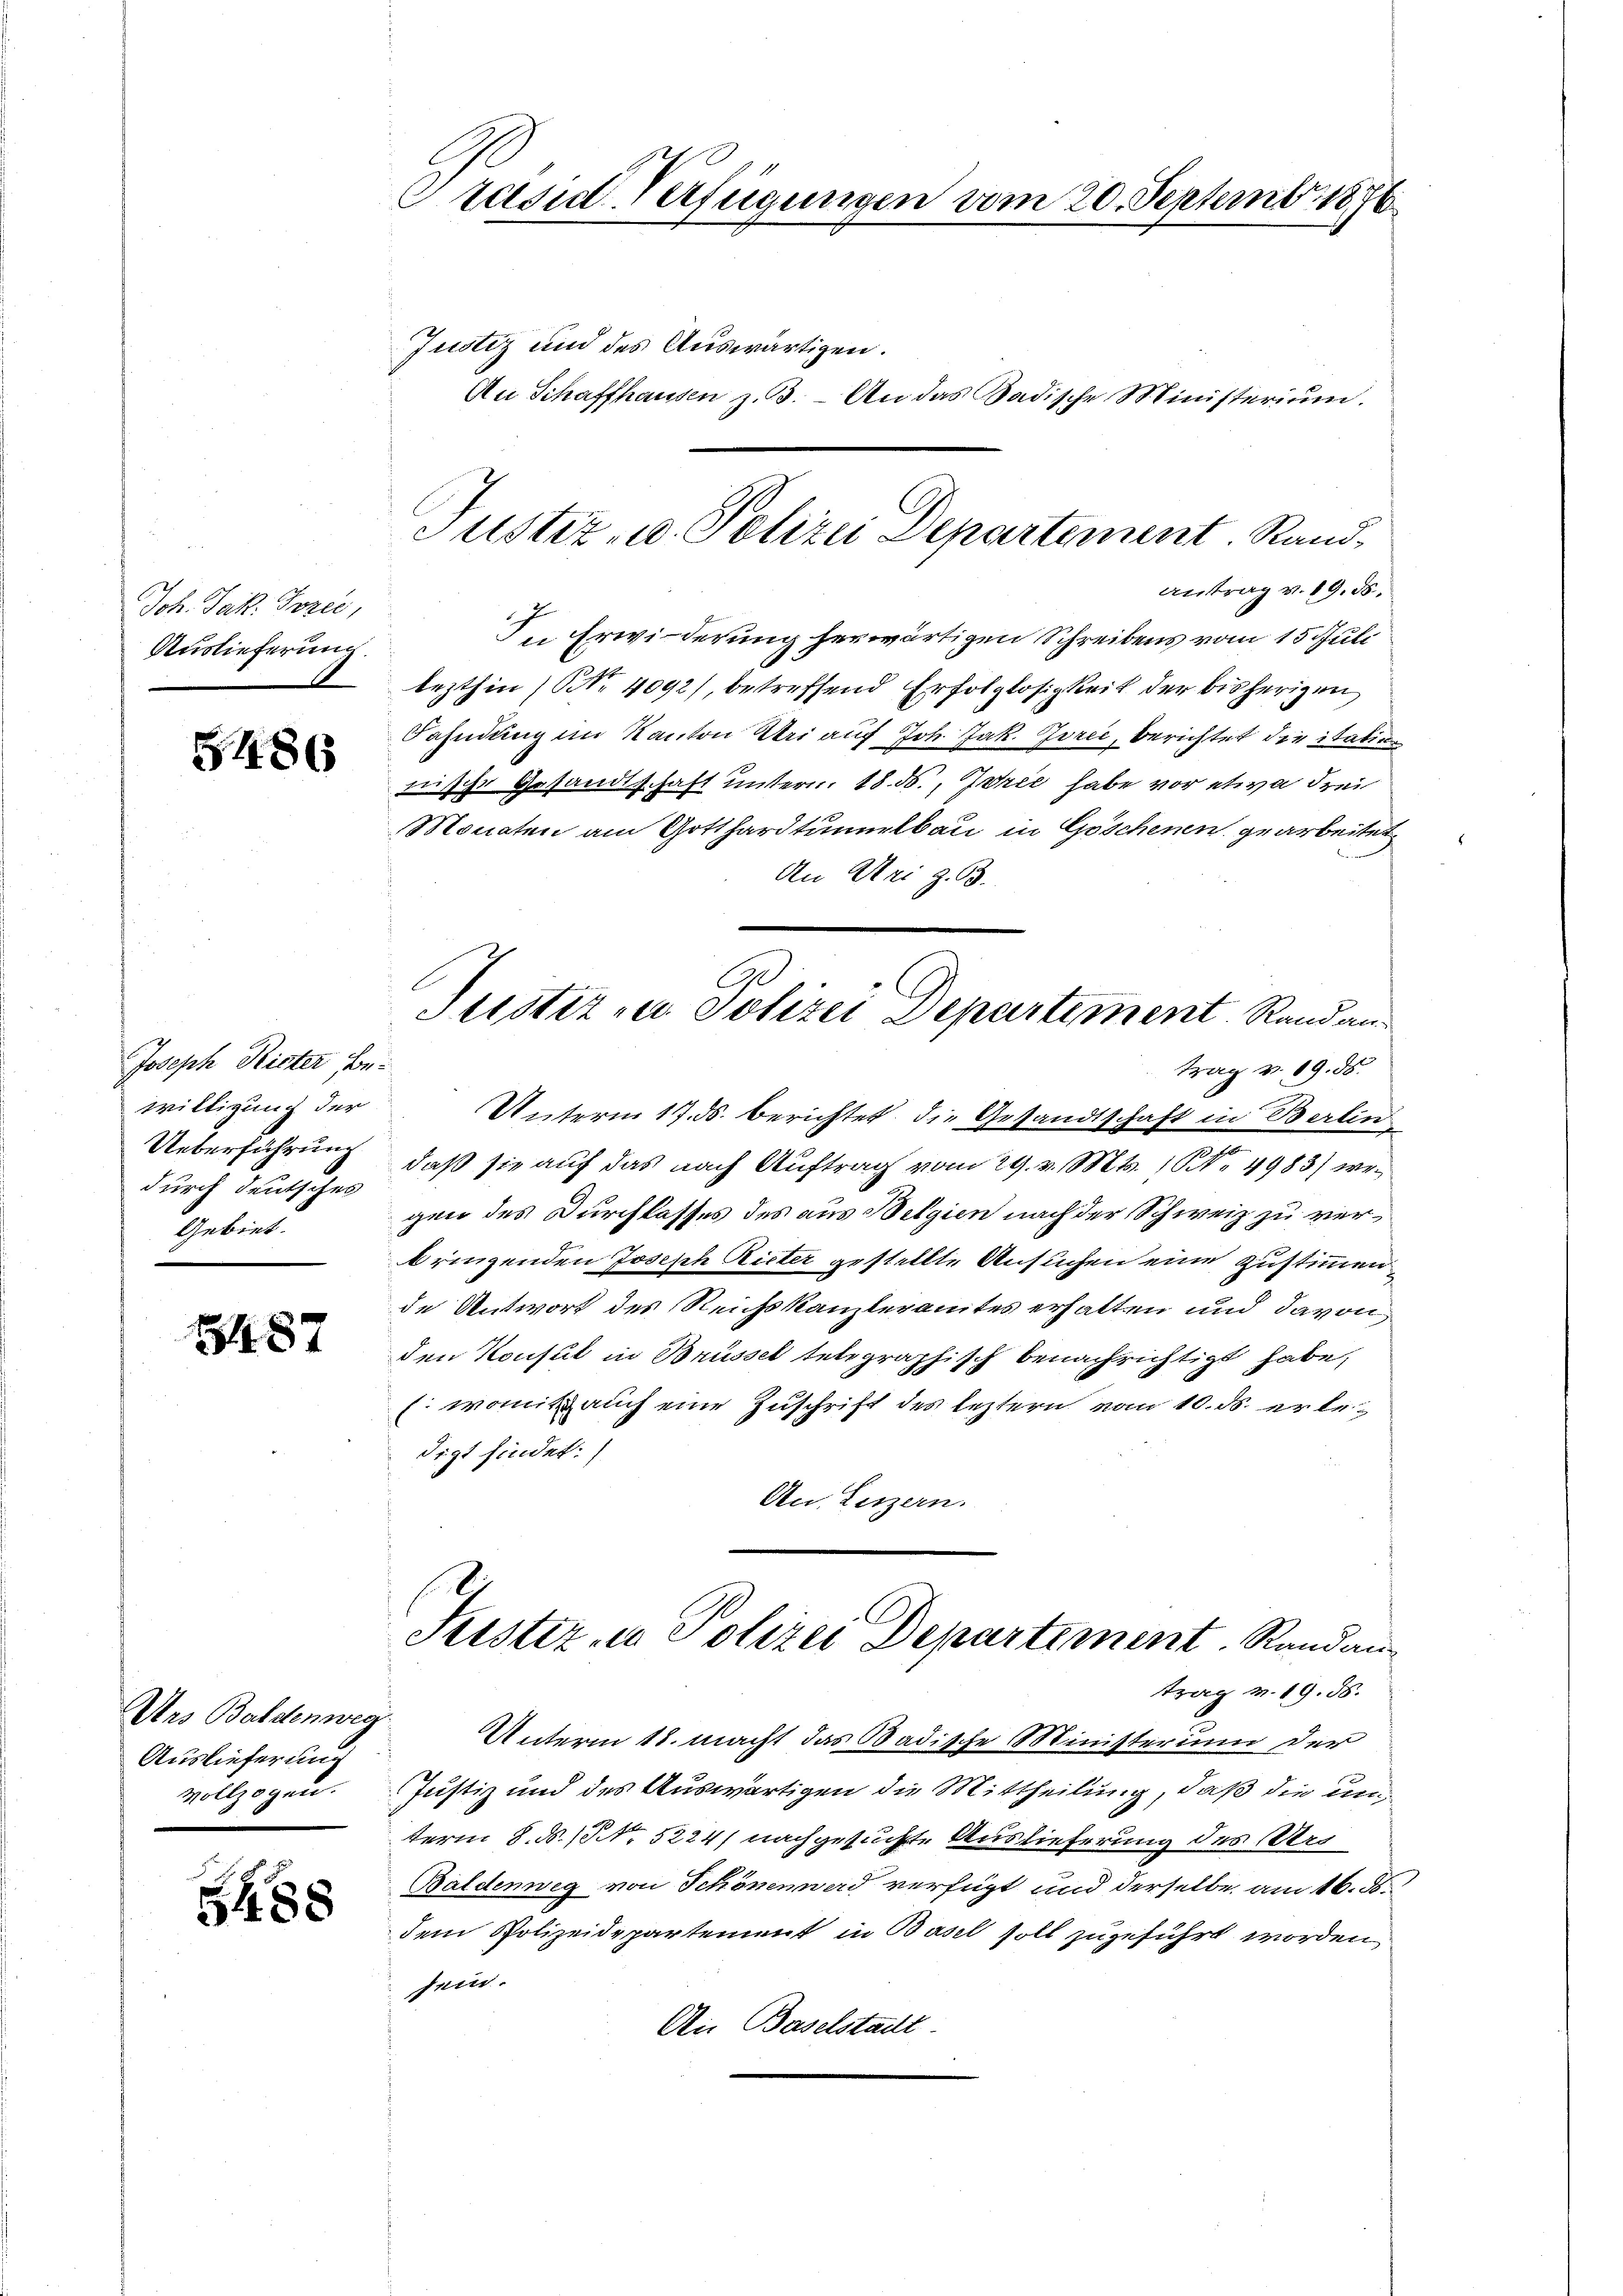
Joh. Jak. Tozec,
Auslieferung.

5486

Joseph Rieter sonwilligung der
.
durch deutsches
Gebet.

3487

Uns Baldenweg.
Auslieferung

488

Präsid-Verfügungen vom 20. Septembr. 1876

Justiz und des Auswärtigen.
An Schaffhausen z. B. An das Sadische Ministerium.
Antrag v. 19. 55.
In Erwiederung herwärtigen Schreibens vom 15. Juli
lezthin (NNo. 4092), betreffend Erfolglosigkeit der bisherigen
Fahndung im Kanton Uri auf Joh. Jak. Zorei, berichtet die itation
nische Gesandtschaft untern. 18. ds., Zuric habe vor etwa drei
Monaten am Gotthardtunelbau in Göschenen gearbeitet
An Uri z. B.
trag v. 19. ds.
Unterm 17. ds. berichtet, die Gesandtschaft in Berlin
Ueberführung, daß sie auf das nach Auftrag vom 29. v. Mts. 1 No 4983) wegen des Durchlasses des aus Belgien nach der Schweiz zu verbringenden Joseph Rieter gestellte Ansuchen eine Zustimmen
de Antwort des Reichskanzleramtes erhalten und davon
den Konsul in Brüssel telegraphisch benachrichtigt habe,
E. womit auch eine Zuschrift des leztern vom 10. ds. erledigt findet:)
An, Luzern.
Justiz, u. Polizei Departement. Randau
trag v. 19. 58.
Unterm 18. macht das Badische Ministerium der
vollzogen. Justiz und des Auswärtigen die Mittheilung, daß die un
term 8. N. N. 5224) nachgesuchte Auslieferung des Urs
Baldenweg von Schönenward verfügt und derselbe am 16. ds.
dem Polizeidepartement in Basel soll zugeführt worden
sein.
Ai Baselstadt

Justiz- u. Polizei Departement. Rand¬

Ge
Justiz u. Polizei Departement Randan